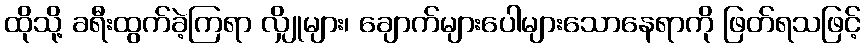
ထိုသို့ ခရီးထွက်ခဲ့ကြရာ လျှိုများ၊ ချောက်များပေါများသောနေရာကို ဖြတ်ရသဖြင့်